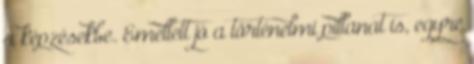
a képzésekbe. Emellett jó a történelmi pillanat is, egyre